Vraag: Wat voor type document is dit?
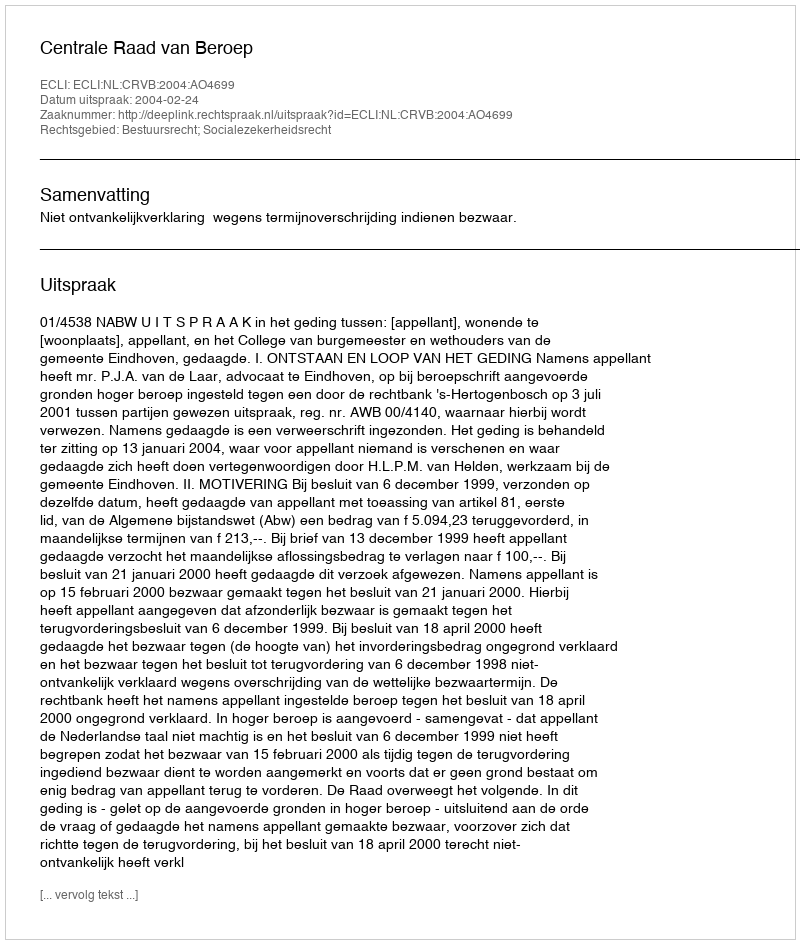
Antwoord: Uitspraak